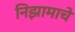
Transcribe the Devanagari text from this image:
निझामाचे